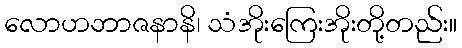
လောဟဘာဇနာနိ၊ သံအိုးကြေးအိုးတို့တည်း။